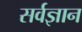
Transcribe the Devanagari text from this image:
सर्वज्ञान